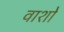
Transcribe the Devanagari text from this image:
वाशो